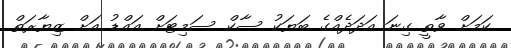
ކަމަށް ވާތީ ގިނަ އަދަދެއްގެ ބަޔަކު ސާކް ސަމިޓަށް އައްޑު އަށް ޒިޔާރަތް